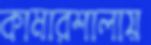
কামারশালায়